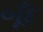
બૂઁદ